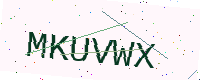
Text: MKUVWX